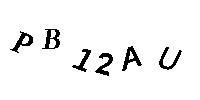
PB12AU